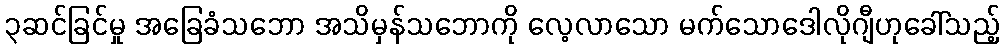
၃ဆင်ခြင်မှု အခြေခံသဘော အသိမှန်သဘောကို လေ့လာသော မက်သောဒေါလိုဂျီဟုခေါ်သည့်